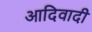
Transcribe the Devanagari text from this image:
आदिवादी